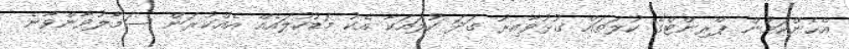
އެހެންކަމުން ޕްރިންޓްގެ ކުލަތައް ގުޅުވާއިރު ގަދަ ކުލައަކާ އެކު މަޑުކުލައެއް އެއްކުރަން ސަމާލުވާންވާނެ